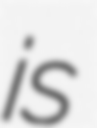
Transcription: is